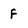
Character: f